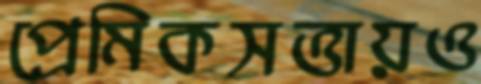
প্রেমিকসত্তায়ও